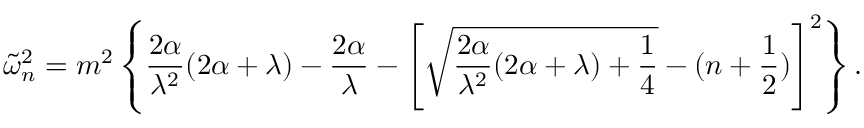
\tilde { \omega } _ { n } ^ { 2 } = m ^ { 2 } \left\{ \frac { 2 \alpha } { \lambda ^ { 2 } } ( 2 \alpha + \lambda ) - \frac { 2 \alpha } { \lambda } - \left[ \sqrt { \frac { 2 \alpha } { \lambda ^ { 2 } } ( 2 \alpha + \lambda ) + \frac 1 4 } - ( n + \frac 1 2 ) \right] ^ { 2 } \right\} .